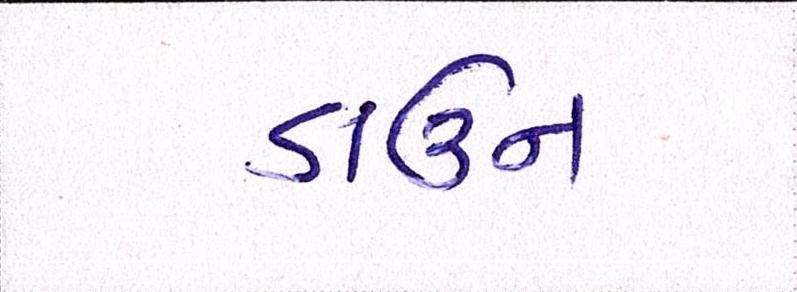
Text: ડાઉન